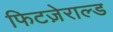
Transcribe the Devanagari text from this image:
फिटज़ेराल्ड